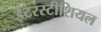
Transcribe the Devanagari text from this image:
इंटरस्टीशियल